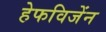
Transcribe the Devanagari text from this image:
हेफविजेंन